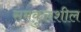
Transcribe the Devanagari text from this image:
समकुलशील